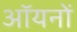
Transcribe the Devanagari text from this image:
ऑयनों